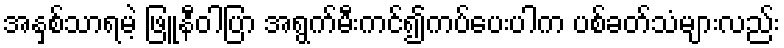
အနှစ်သာရမဲ့ ဖြူနီဝါပြာ အရွက်မီးကင်၍ကပ်ပေးပါက ပစ်ခတ်သံများလည်း